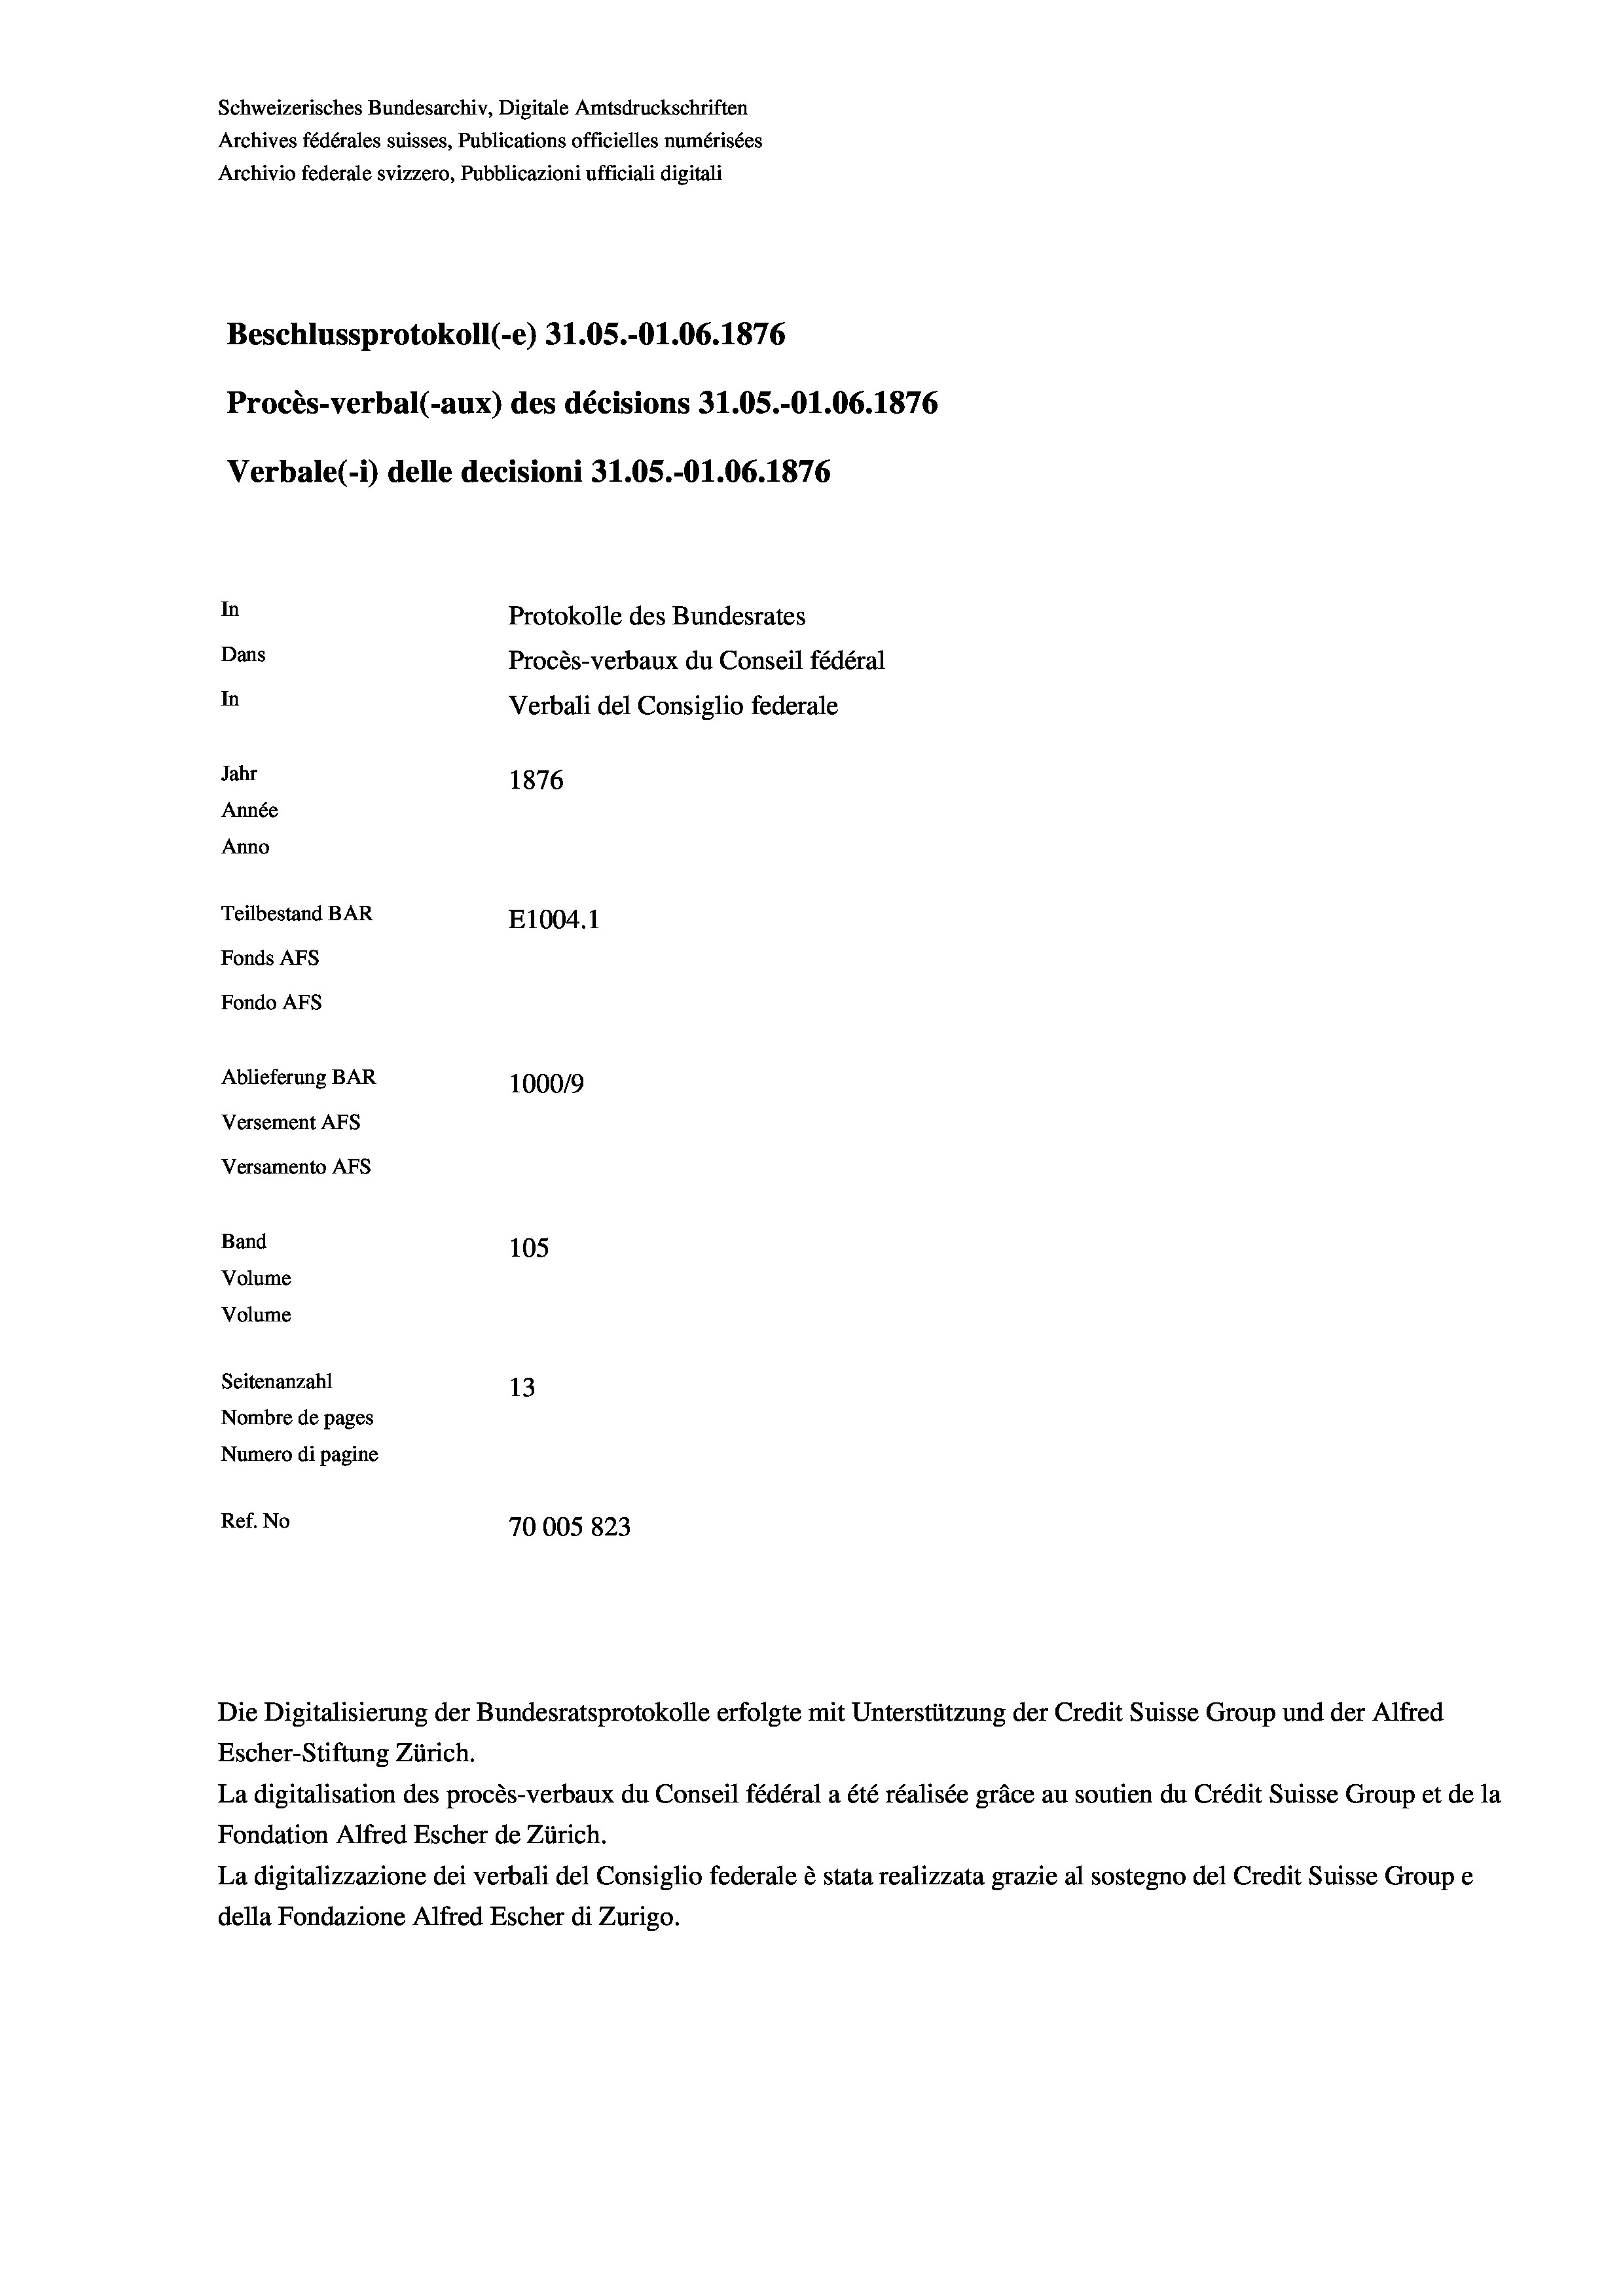
Schweizerisches Bundesarchiv, Digitale Amtsdruckschriften
Archives fédérales suisses, Publications officielles numérisées
Archivio federale svizzero, Pubblicazioni ufficiali digitali
Beschlussprotokoll (-e) 31.05.-O1.06. 1876
Procès-verbal (-aux) des décisions 31.05.-O1.06. 1876
Verbale (i) delle decisioni 31.05.-O1.06. 1876
In
Protokolle des Bundesrates
Dans
Procès-verbaux du Conseil fédéral
In
Verbali del Consiglio federale
Jahr
1876
Année
Anno
Teilbestand BAR
E1004.1
Fonds AFs
Fondo Afs
Ablieferung BAR
100019
Versement AFs
Versamento Afs
Band
105
Volume
Volume

Seitenanzahl
13
Nombre de pages
Numero di pagine
Ref. No
70005 823

Escher-Stiftung Zürich.
La digitalisation des procès-verbaux du Conseil fédéral a été réalisée gräce au soutien du Crédit Suisse Group et de la
Fondation Alfred Escher de Zürich.
La digitalizzazione dei verbali del Consiglio federale è stata realizzata grazie al sostegno del Credit Suisse Groupe
della Fondazione Alfred Escher di Zurigo.

Die Digitalisierung der Bundesratsprotokolle erfolgte mit Unterstützung der Credit Suisse Group und der Alfred